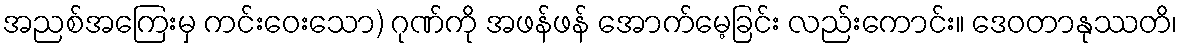
အညစ်အကြေးမှ ကင်းဝေးသော) ဂုဏ်ကို အဖန်ဖန် အောက်မေ့ခြင်း လည်းကောင်း။ ဒေဝတာနုဿတိ၊